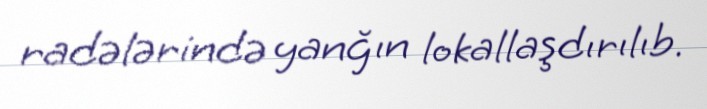
radələrində yanğın lokallaşdırılıb.